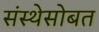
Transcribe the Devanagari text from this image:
संस्थेसोबत